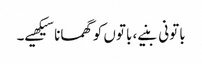
باتونی بنیے، باتوں کو گھمانا سیکھیے۔